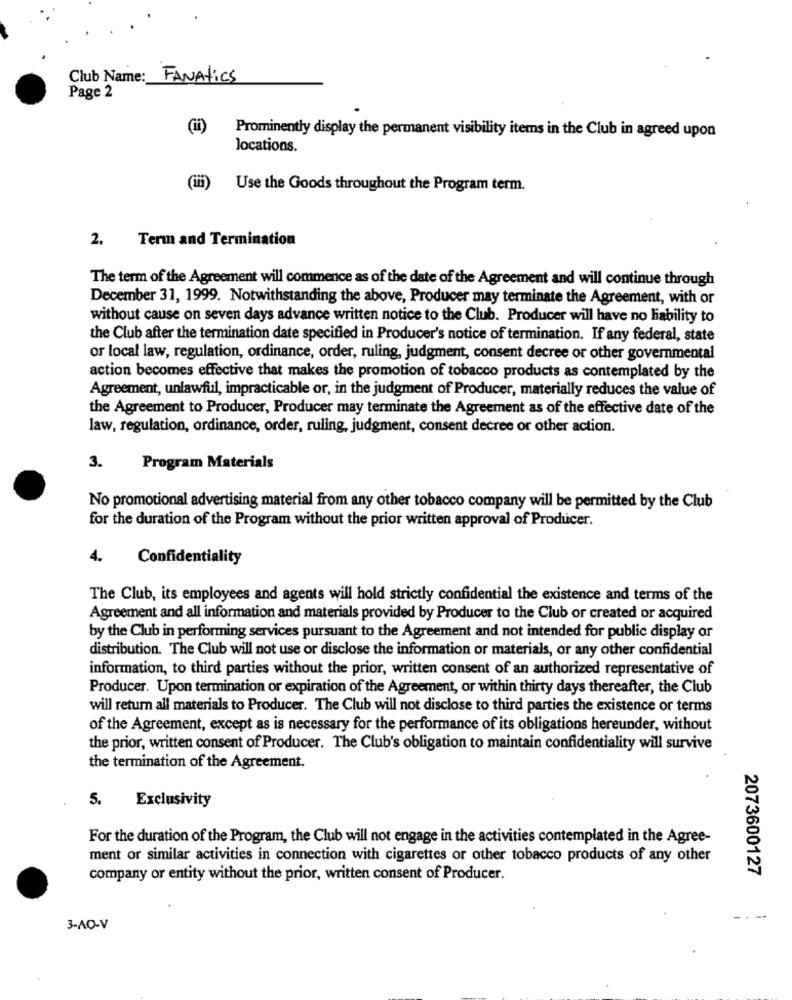
Club Name :_
FANAtics
Page 2
(ii)
Prominently display the permanent visibility items in the Club in agreed upon
locations.
(iii)
Use the Goods throughout the Program term.
2. Term and Termination
The term of the Agreement will commence as of the date of the Agreement and will continue through
December 31, 1999. Notwithstanding the above, Producer may terminate the Agreement, with or
without cause on seven days advance written notice to the Club. Producer will have no liability to
the Club after the termination date specified in Producer's notice of termination. If any federal, state
or local law, regulation, ordinance, order, ruling, judgment, consent decree or other governmental
action becomes effective that makes the promotion of tobacco products as contemplated by the
Agreement, unlawful, impracticable or, in the judgment of Producer, materially reduces the value of
the Agreement to Producer, Producer may terminate the Agreement as of the effective date of the
law, regulation, ordinance, order, ruling, judgment, consent decree or other action.
3.
Program Materials
No promotional advertising material from any other tobacco company will be permitted by the Club
for the duration of the Program without the prior written approval of Producer.
4.
Confidentiality
The Club, its employees and agents will hold strictly confidential the existence and terms of the
Agreement and all information and materials provided by Producer to the Club or created or acquired
by the Club in performing services pursuant to the Agreement and not intended for public display or
distribution. The Club will not use or disclose the information or materials, or any other confidential
information, to third parties without the prior, written consent of an authorized representative of
Producer. Upon termination or expiration of the Agreement, or within thirty days thereafter, the Club
will return all materials to Producer. The Club will not disclose to third parties the existence or terms
of the Agreement, except as is necessary for the performance of its obligations hereunder, without
the prior, written consent of Producer. The Club's obligation to maintain confidentiality will survive
the termination of the Agreement.
5.
Exclusivity
For the duration of the Program, the Club will not engage in the activities contemplated in the Agree-
ment or similar activities in connection with cigarettes or other tobacco products of any other
2073600127
company or entity without the prior, written consent of Producer.
3-AO-V